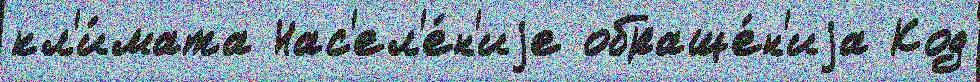
кл'и́мата Нас'ел'е́н'иjе обраще́н'иjа Код